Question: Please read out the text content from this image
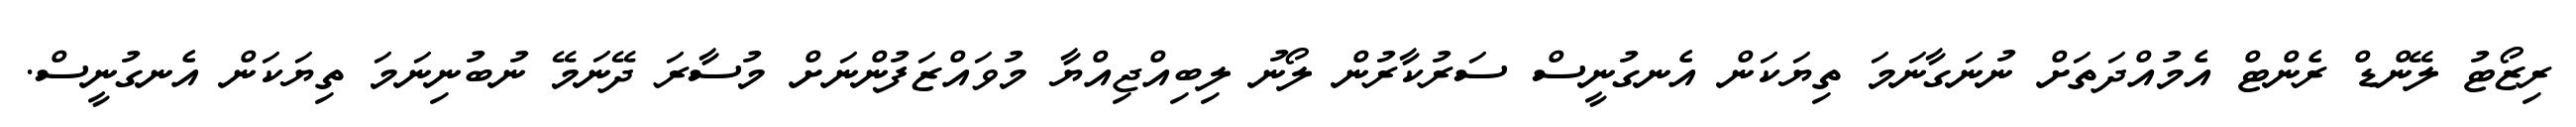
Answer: ރިޒޯޓު ލޭންޑް ރެންޓް އެމުއްދަތަށް ނުނަގާނަމަ ތިޔަކަން އެނގުނީސް ސަރުކާރުން ލޯނު ލިބިއްޖިއްޔާ މުވައްޒަފުންނަށް މުސާރަ ދޭނަމޭ ނުބުނިނަމަ ތިޔަކަން އެނގުނީސް.